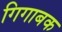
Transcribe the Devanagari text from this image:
गिगाबक